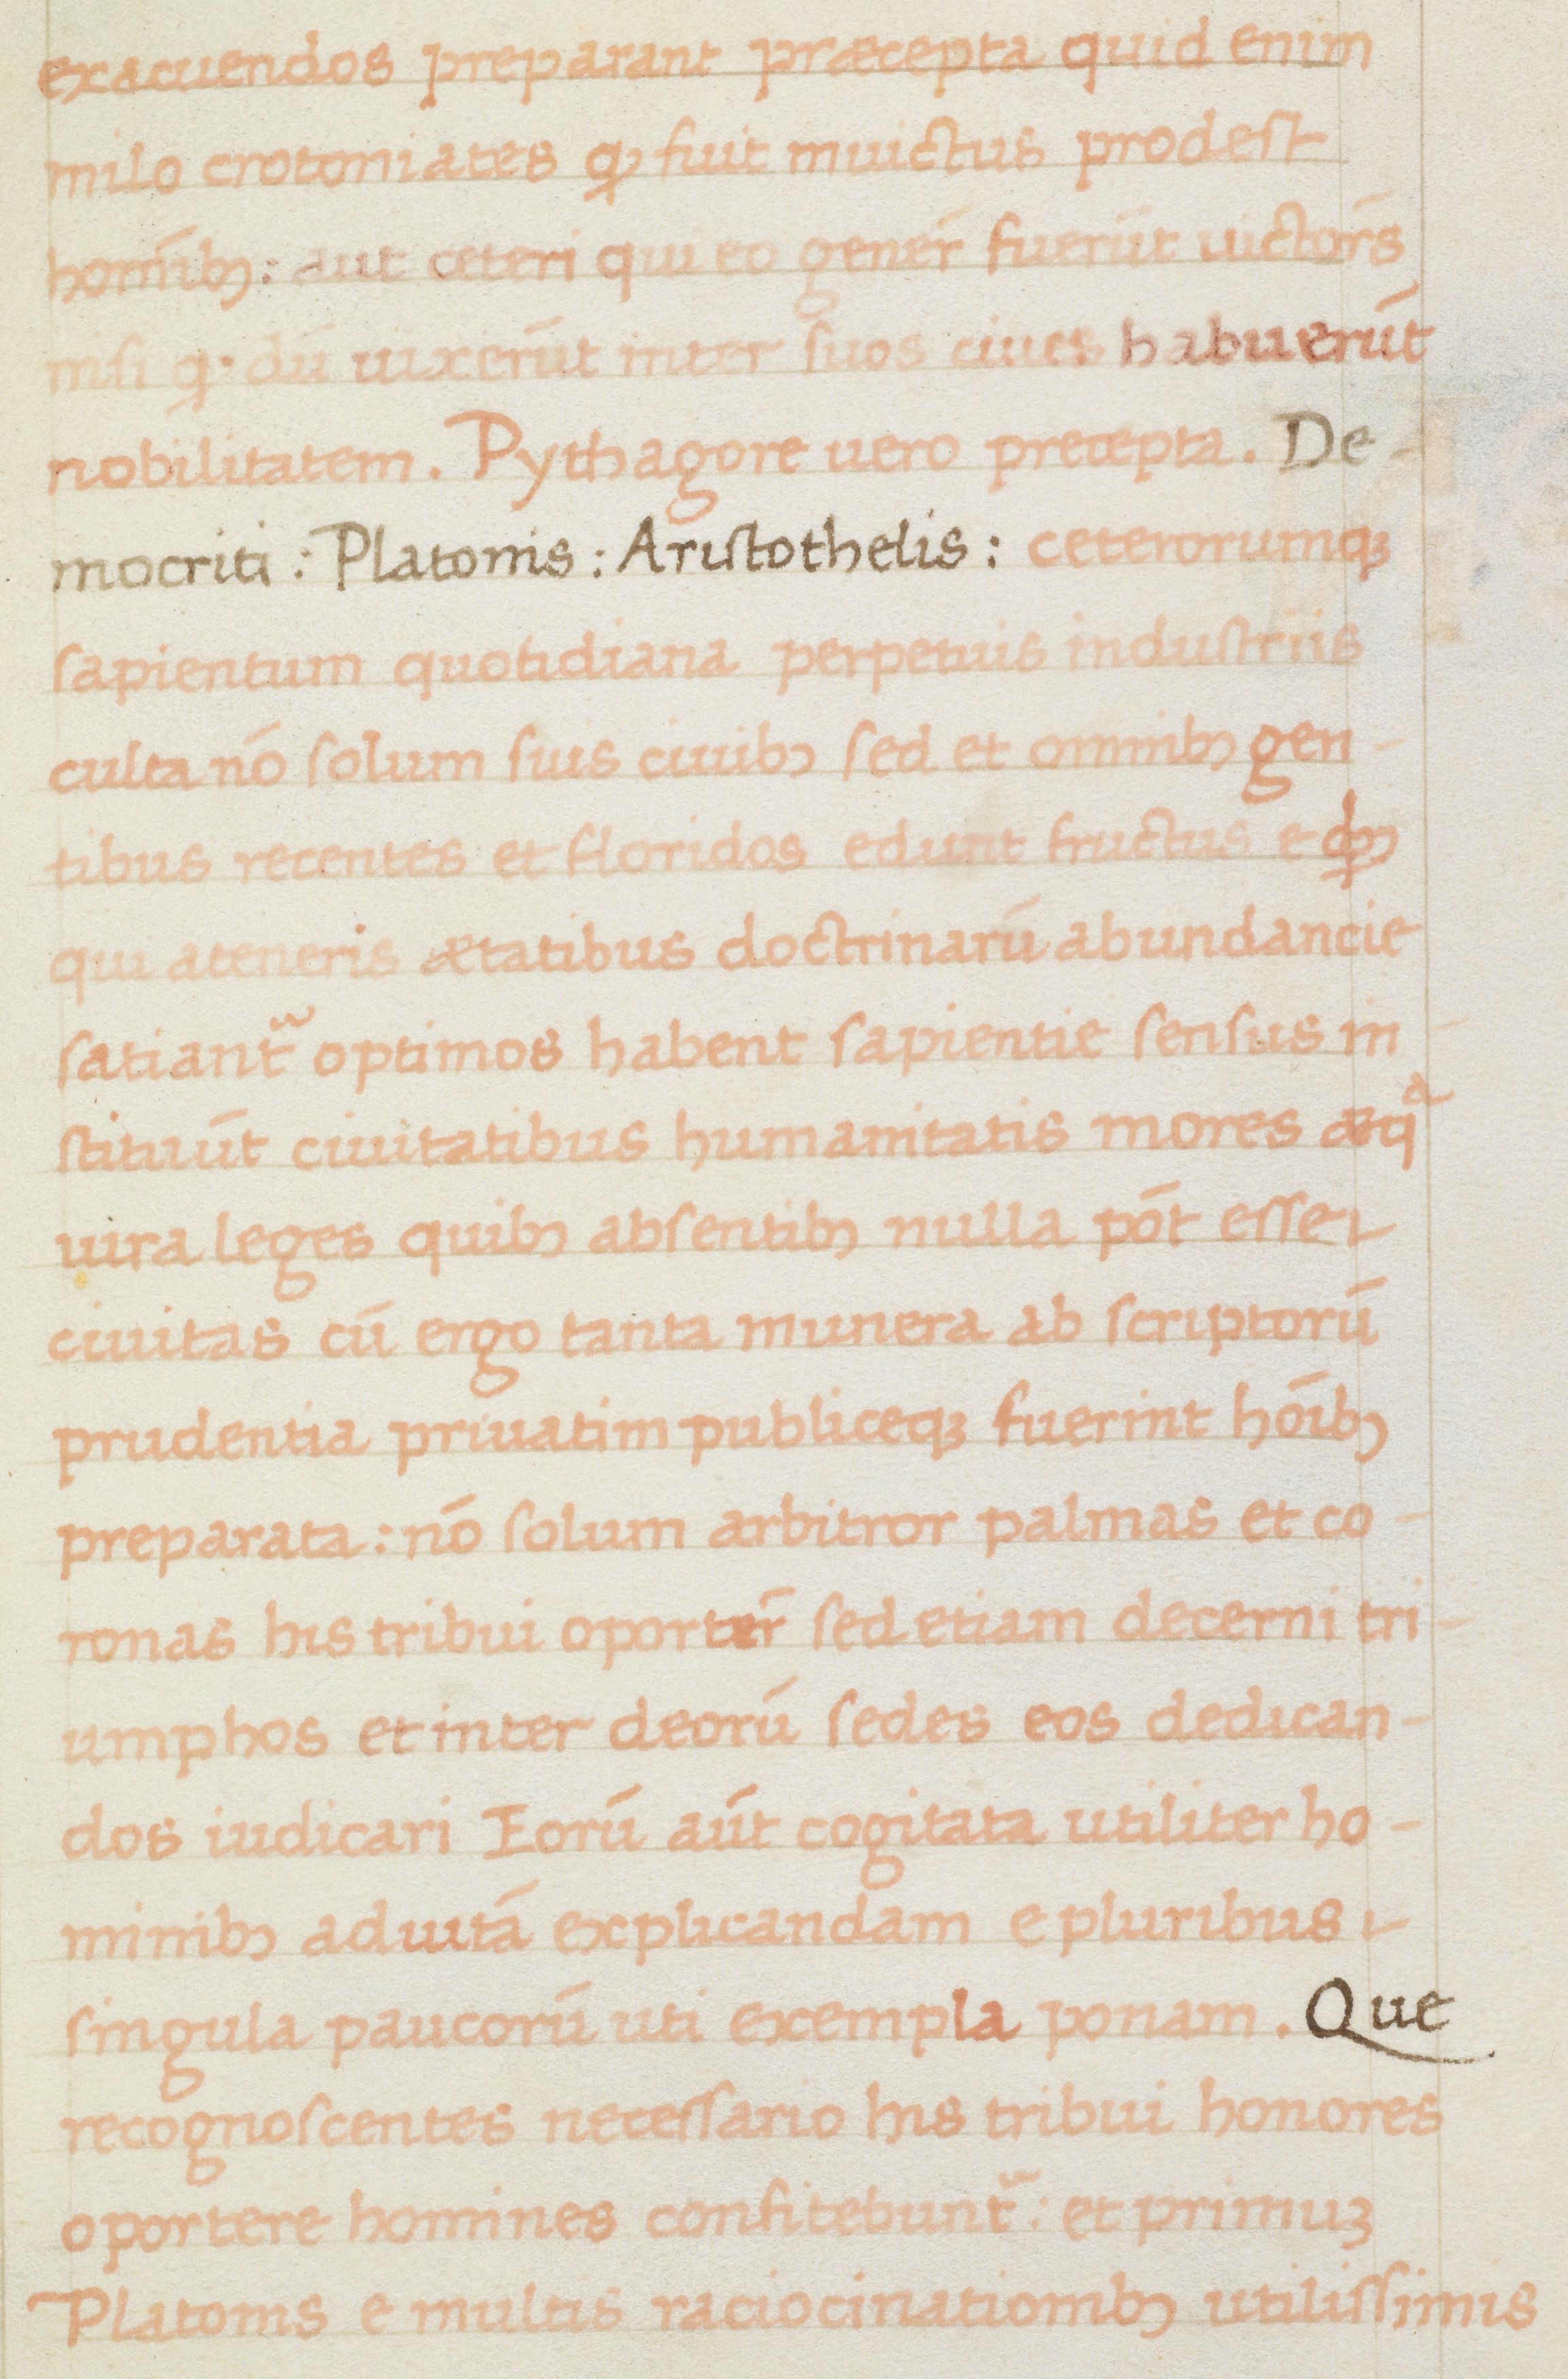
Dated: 1475–1499